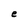
Character: e